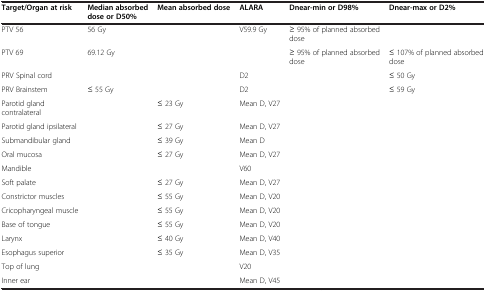
<table><thead><tr><td><b>Target/Organ at risk</b></td><td><b>Median absorbed dose or D50%</b></td><td><b>Mean absorbed dose</b></td><td><b>ALARA</b></td><td><b>Dnear-min or D98%</b></td><td><b>Dnear-max or D2%</b></td></tr></thead><tbody><tr><td>PTV 56</td><td>56 Gy</td><td> </td><td>V59.9 Gy</td><td>≥ 95% of planned absorbed dose</td><td> </td></tr><tr><td>PTV 69</td><td>69.12 Gy</td><td> </td><td> </td><td>≥ 95% of planned absorbed dose</td><td>≤ 107% of planned absorbed dose</td></tr><tr><td>PRV Spinal cord</td><td> </td><td> </td><td>D2</td><td> </td><td>≤ 50 Gy</td></tr><tr><td>PRV Brainstem</td><td>≤ 55 Gy</td><td> </td><td>D2</td><td> </td><td>≤ 59 Gy</td></tr><tr><td>Parotid gland contralateral</td><td> </td><td>≤ 23 Gy</td><td>Mean D, V27</td><td> </td><td> </td></tr><tr><td>Parotid gland ipsilateral</td><td> </td><td>≤ 27 Gy</td><td>Mean D, V27</td><td> </td><td> </td></tr><tr><td>Submandibular gland</td><td> </td><td>≤ 39 Gy</td><td>Mean D</td><td> </td><td> </td></tr><tr><td>Oral mucosa</td><td> </td><td>≤ 27 Gy</td><td>Mean D, V27</td><td> </td><td> </td></tr><tr><td>Mandible</td><td> </td><td> </td><td>V60</td><td> </td><td> </td></tr><tr><td>Soft palate</td><td> </td><td>≤ 27 Gy</td><td>Mean D, V27</td><td> </td><td> </td></tr><tr><td>Constrictor muscles</td><td> </td><td>≤ 55 Gy</td><td>Mean D, V20</td><td> </td><td> </td></tr><tr><td>Cricopharyngeal muscle</td><td> </td><td>≤ 55 Gy</td><td>Mean D, V20</td><td> </td><td> </td></tr><tr><td>Base of tongue</td><td> </td><td>≤ 55 Gy</td><td>Mean D, V20</td><td> </td><td> </td></tr><tr><td>Larynx</td><td> </td><td>≤ 40 Gy</td><td>Mean D, V40</td><td> </td><td> </td></tr><tr><td>Esophagus superior</td><td> </td><td>≤ 35 Gy</td><td>Mean D, V35</td><td> </td><td> </td></tr><tr><td>Top of lung</td><td> </td><td> </td><td>V20</td><td> </td><td> </td></tr><tr><td>Inner ear</td><td> </td><td> </td><td>Mean D, V45</td><td> </td><td> </td></tr></tbody></table>